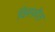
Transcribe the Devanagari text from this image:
विस्फ़ोत